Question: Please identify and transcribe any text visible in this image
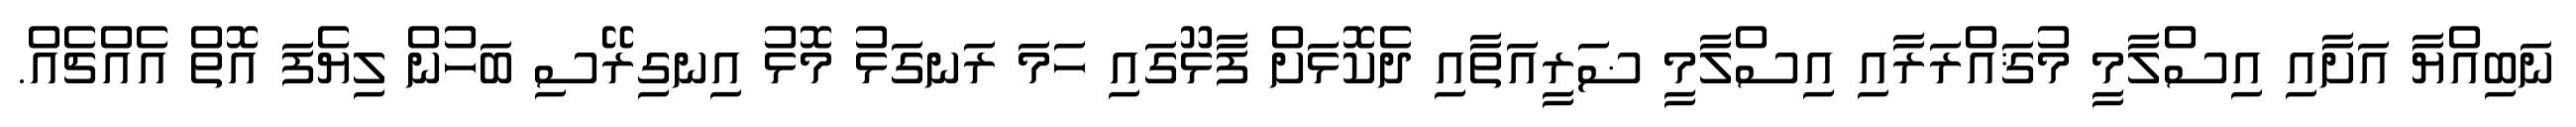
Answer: ނަބިއްޔާ އަށާއި އިސްލާމީ މުޤައްރަރާއި އިސްލާމީ ޟަރީއަތާއި ދެކޮޅަށް ފާޅޫގައި ހަމަ ރަނގަޅު މޮޅު އިނގިރޭސި ބަހުން ލިޔެފަ އޮތް އެއްޗެއް.